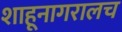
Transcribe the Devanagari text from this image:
शाहूनागरालच